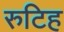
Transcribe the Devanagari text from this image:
रुटिह